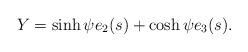
LaTeX: \begin{align*}Y=\sinh\psi e_2(s)+\cosh\psi e_3(s).\end{align*}